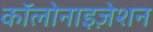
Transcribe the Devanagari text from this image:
कॉलोनाइज़ेशन